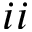
i i